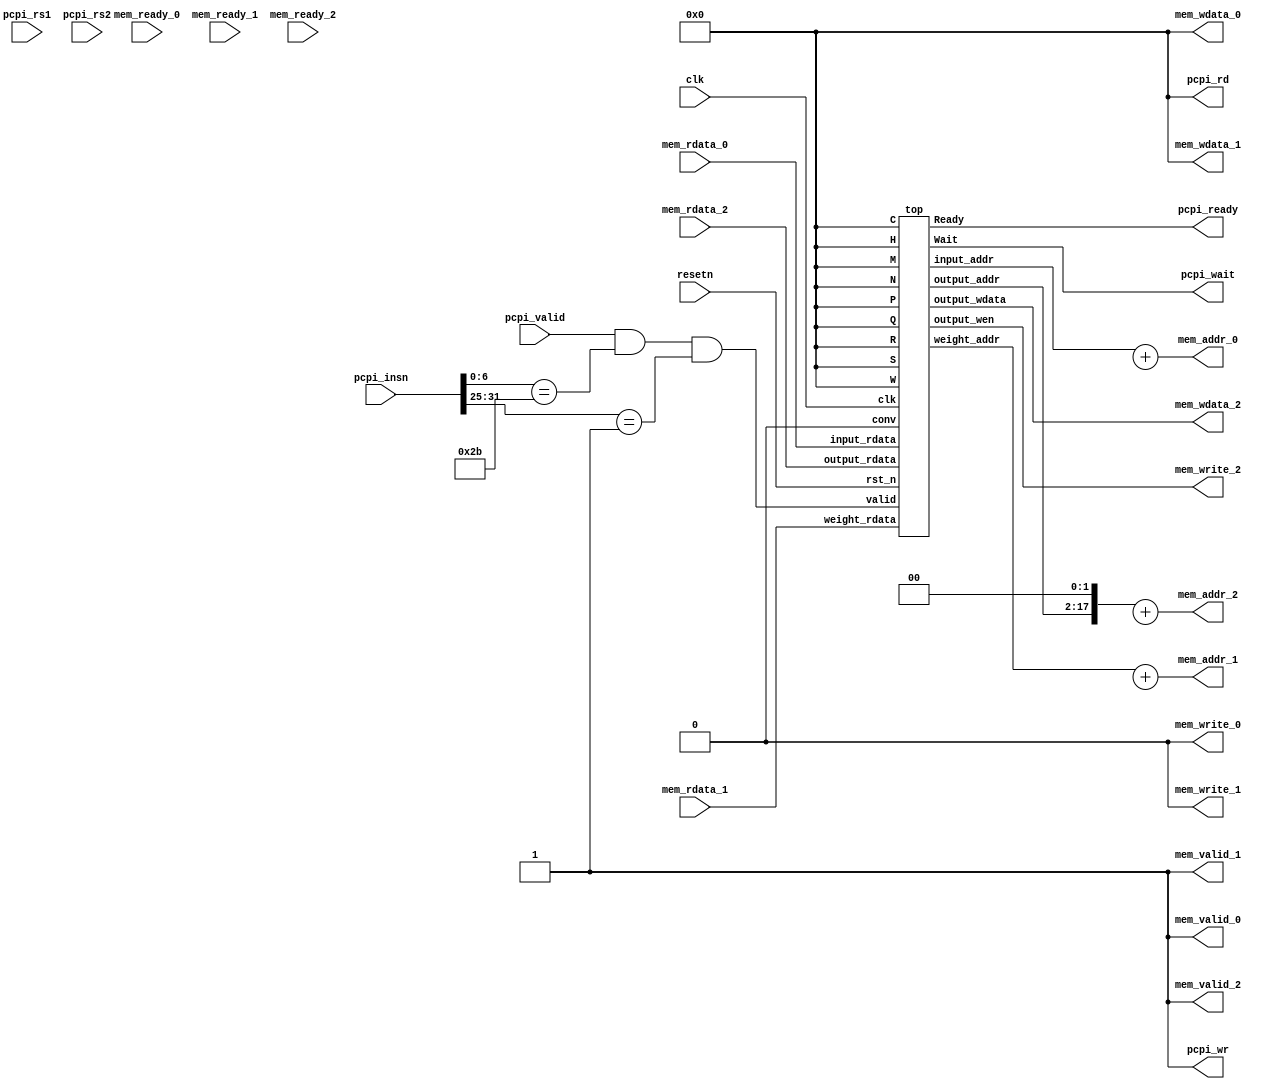
module DNN_PCPI(
	input             clk, resetn,
	input             pcpi_valid,
	input      [31:0] pcpi_insn,
	input      [31:0] pcpi_rs1,
	input      [31:0] pcpi_rs2,
	output            pcpi_wr,
	output     [31:0] pcpi_rd,
	output            pcpi_wait,
	output            pcpi_ready,

	//memory interface 0
	input      [31:0] mem_rdata_0,
	input             mem_ready_0,
	output            mem_valid_0,
	output            mem_write_0,
	output     [31:0] mem_addr_0,
	output     [31:0] mem_wdata_0,

	//memory interface 1
	input      [31:0] mem_rdata_1,
	input             mem_ready_1,
	output            mem_valid_1,
	output            mem_write_1,
	output     [31:0] mem_addr_1,
	output     [31:0] mem_wdata_1,
		
	//memory interface 2
	input      [31:0] mem_rdata_2,
	input             mem_ready_2,
	output            mem_valid_2,
	output            mem_write_2,
	output     [31:0] mem_addr_2,
	output     [31:0] mem_wdata_2
);
	// your DNN wire
	wire conv, output_wen;
	wire [15:0] input_addr, weight_addr, output_addr;
	wire [31:0] input_rdata, weight_rdata, output_rdata, output_wdata;
	wire [31:0] N, C, H, W, R, S, M, P, Q;
	wire [31:0] input_offset, weight_offset, output_offset;

	wire pcpi_insn_valid = pcpi_valid && pcpi_insn[6:0] == 7'b0101011 && pcpi_insn[31:25] == 7'b0000001;

	// PCPI interface. Modify these values to fit your needs
	assign pcpi_wr = 1;
	assign pcpi_rd = 0;

	// Memory interface. Modify these values to fit your needs
	assign mem_valid_0 = 1;
	assign mem_write_0 = 0;
	assign mem_wdata_0 = 0;
	assign mem_addr_0 = input_addr  + input_offset;
	assign input_rdata = mem_rdata_0;

	assign mem_valid_1 = 1;
	assign mem_write_1 = 0;
	assign mem_wdata_1 = 0;
	assign mem_addr_1 = weight_addr + weight_offset;
	assign weight_rdata = mem_rdata_1;

	assign mem_valid_2 = 1;
	assign mem_write_2 = output_wen;
	assign mem_wdata_2 = output_wdata;
	assign mem_addr_2 = (output_addr << 2) + output_offset;
	assign output_rdata = mem_rdata_2;

	// Implement your DNN design below
	assign conv = 0;
	assign N = 0;
	assign C = 0;
	assign H = 0;
	assign W = 0;
	assign R = 0;
	assign S = 0;
	assign M = 0;
	assign P = 0;
	assign Q = 0;

	top top01(
    	.clk(clk),
    	.rst_n(resetn),
    	.valid(pcpi_insn_valid),
    	.conv(conv),
    	.Wait(pcpi_wait),
    	.Ready(pcpi_ready),
    	.input_addr(input_addr),
    	.input_rdata(input_rdata),
    	.weight_addr(weight_addr),
    	.weight_rdata(weight_rdata),
    	.output_wen(output_wen),
    	.output_addr(output_addr),
    	.output_rdata(output_rdata),
    	.output_wdata(output_wdata),
    	.N(N),
    	.C(C),
    	.H(H),
    	.W(W),
    	.R(R),
    	.S(S),
    	.M(M),
    	.P(P),
    	.Q(Q)
	);
endmodule

module top (
    input clk,
    input rst_n,
    input valid,
    input conv,
    output reg Wait,
    output reg Ready,
    output [15:0] input_addr,
    input [31:0] input_rdata,
    output [15:0] weight_addr,
    input [31:0] weight_rdata,
    output output_wen,
    output [15:0] output_addr,
    input  signed [31:0] output_rdata,
    output signed [31:0] output_wdata,
    input [31:0] N,
    input [31:0] C,
    input [31:0] H,
    input [31:0] W,
    input [31:0] R,
    input [31:0] S,
    input [31:0] M,
    input [31:0] P,
    input [31:0] Q
);

// remove this block and add your code
always @(posedge clk) begin
    Ready <= valid;
end

endmodule